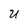
Character: U